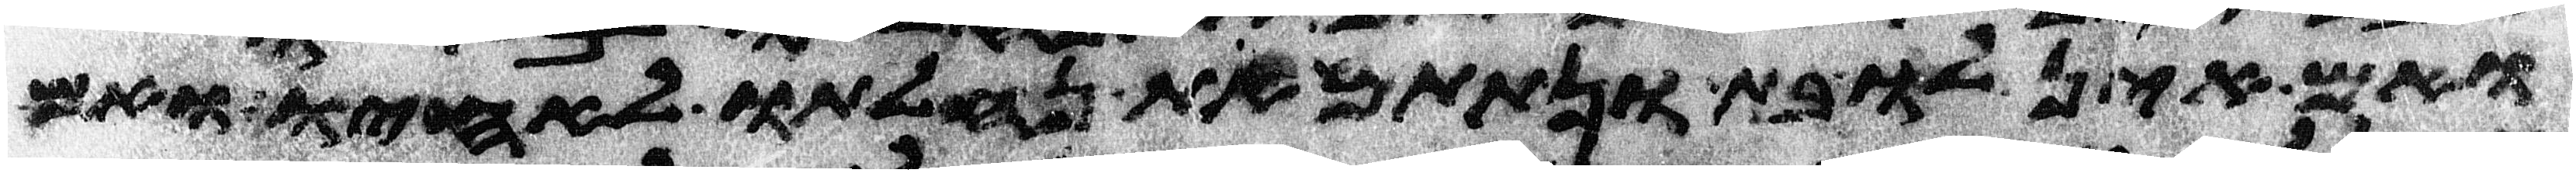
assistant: ואם אין לו בת ונתתם את נחלתו לאחיו ואם